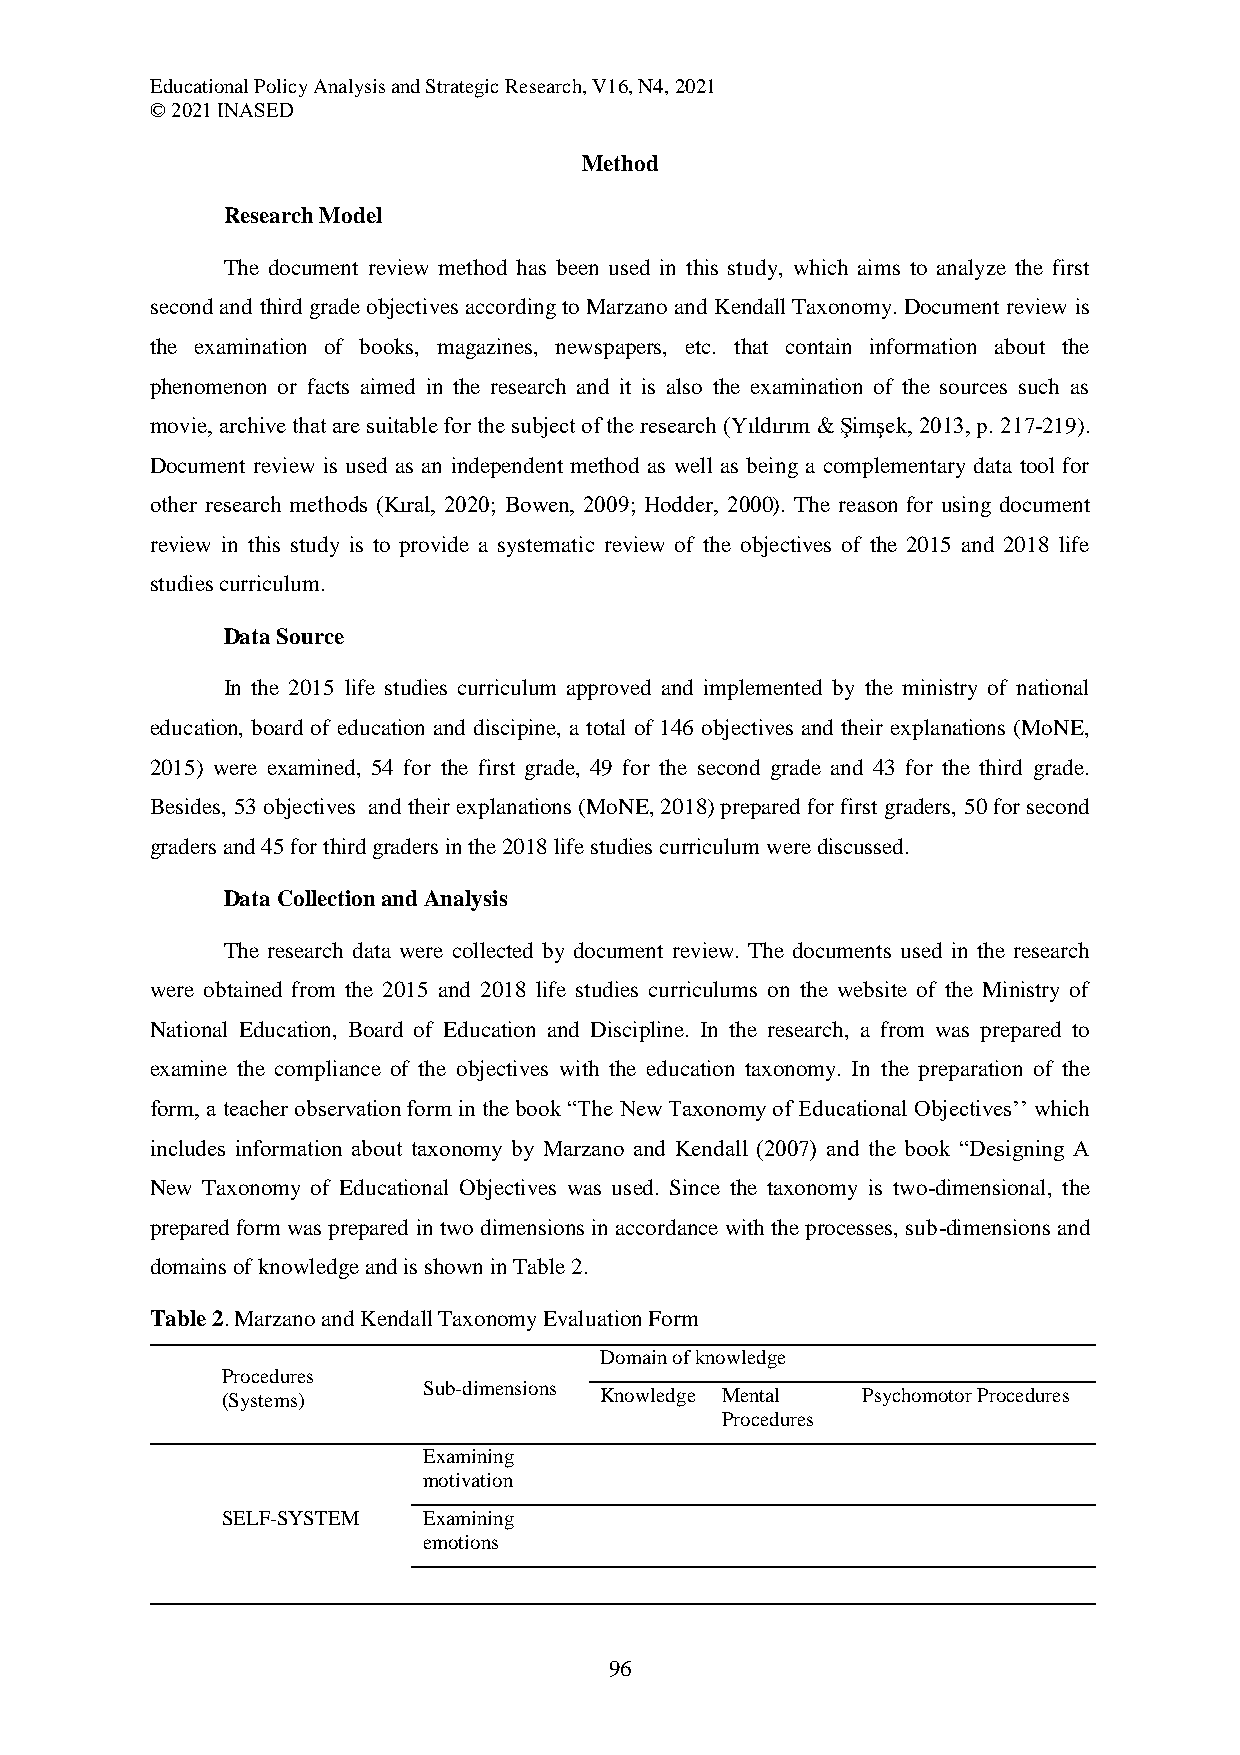
Educational Policy Analysis and Strategic Research, V16, N4, 2021
 © 2021 INASED
 Method
 Research Model
 The document review method has been used in this study, which aims to analyze the first
 second and third grade objectives according to Marzano and Kendall Taxonomy. Document review is
 the examination of books, magazines, newspapers, etc. that contain information about the
 phenomenon or facts aimed in the research and it is also the examination of the sources such as
 movie, archive that are suitable for the subject of the research (Yıldırım & Şimşek, 2013, p. 217-219).
 Document review is used as an independent method as well as being a complementary data tool for
 other research methods (Kıral, 2020; Bowen, 2009; Hodder, 2000). The reason for using document
 review in this study is to provide a systematic review of the objectives of the 2015 and 2018 life
 studies curriculum.
 Data Source
 In the 2015 life studies curriculum approved and implemented by the ministry of national
 education, board of education and discipine, a total of 146 objectives and their explanations (MoNE,
 2015) were examined, 54 for the first grade, 49 for the second grade and 43 for the third grade.
 Besides, 53 objectives and their explanations (MoNE, 2018) prepared for first graders, 50 for second
 graders and 45 for third graders in the 2018 life studies curriculum were discussed.
 Data Collection and Analysis
 The research data were collected by document review. The documents used in the research
 were obtained from the 2015 and 2018 life studies curriculums on the website of the Ministry of
 National Education, Board of Education and Discipline. In the research, a from was prepared to
 examine the compliance of the objectives with the education taxonomy. In the preparation of the
 form, a teacher observation form in the book “The New Taxonomy of Educational Objectives’’ which
 includes information about taxonomy by Marzano and Kendall (2007) and the book “Designing A
 New Taxonomy of Educational Objectives was used. Since the taxonomy is two-dimensional, the
 prepared form was prepared in two dimensions in accordance with the processes, sub-dimensions and
 domains of knowledge and is shown in Table 2.
 Table 2. Marzano and Kendall Taxonomy Evaluation Form
 Domain of knowledge
 Procedures
 Sub-dimensions
 (Systems)                Knowledge Mental Psychomotor Procedures
 Procedures
 Examining
 motivation
 SELF-SYSTEM  Examining
 emotions
 96